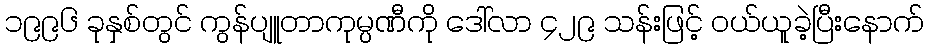
၁၉၉၆ ခုနှစ်တွင် ကွန်ပျူတာကုမ္ပဏီကို ဒေါ်လာ ၄၂၉ သန်းဖြင့် ဝယ်ယူခဲ့ပြီးနောက်